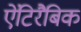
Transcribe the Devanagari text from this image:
ऐंटिरैबिक